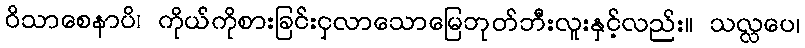
ဝိသာစေနာပိ၊ ကိုယ်ကိုစားခြင်းငှလာသောမြေဘုတ်ဘီးလူးနှင့်လည်း။ သလ္လပေ၊